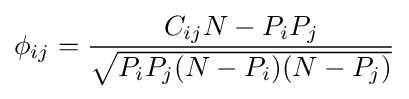
\phi _{ij}={\frac {C_{ij}N-P_{i}P_{j}}{\sqrt {P_{i}P_{j}(N-P_{i})(N-P_{j})}}}